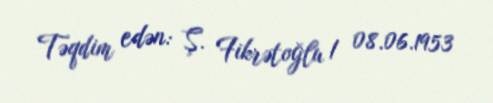
Təqdim edən: Ş. Fikrətoğlu / 08.06.1953